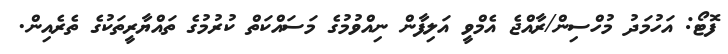
ފޮޓޯ: އަހުމަދު މުހްސިން/ރާއްޖެ އެމްވީ އަލިފާން ނިއްވުމުގެ މަސައްކަތް ކުރުމުގެ ތައްޔާރީތަކުގެ ތެރެއިން.